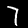
Label: 7